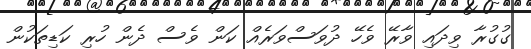
ގުގުރާ ވިދައި ވާރޭ ވެހޭ ދުވަސްވަރެއް ކަން ވެސް ދެން ހުރި ކަޑިތަކުން